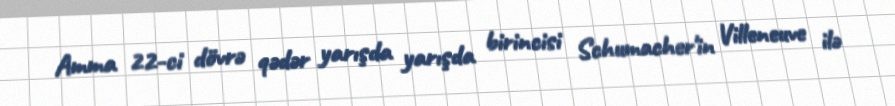
Amma 22-ci dövrə qədər yarışda yarışda birincisi Schumacher'in Villeneuve ilə